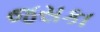
જસકા